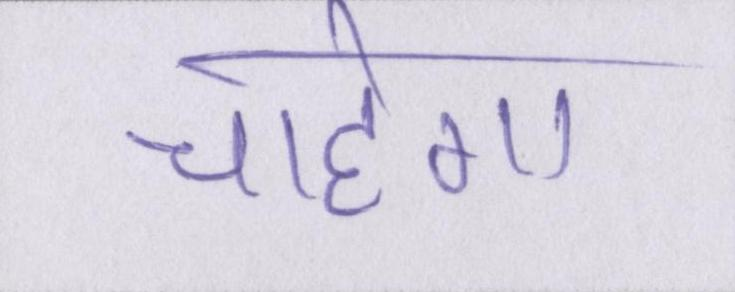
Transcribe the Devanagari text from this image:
चाहेगा